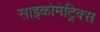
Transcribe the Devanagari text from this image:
साइकोमेट्रिक्स